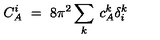
C _ { A } ^ { i } \ = \ 8 \pi ^ { 2 } \sum _ { k } \: c _ { A } ^ { k } \delta _ { i } ^ { k }